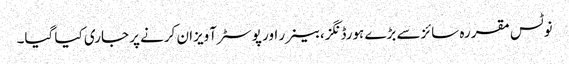
نوٹس مقررہ سائزسے بڑے ہورڈنگز،بینرر اور پوسٹر آویزان کرنے پر جاری کیا گیا۔